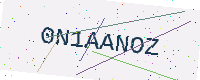
Text: 0N1AANOZ